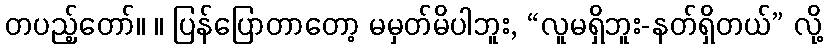
တပည့်တော်။ ။ ပြန်ပြောတာတော့ မမှတ်မိပါဘူး, “လူမရှိဘူး-နတ်ရှိတယ်” လို့